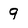
Character: 9